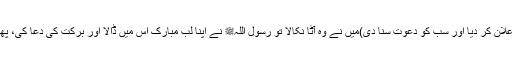
میں نے کہا کہ میں نے تو وہی کیا جو تو نے کہا تھا (لیکن رسول اللہﷺ نے اعلان کر دیا اور سب کو دعوت سنا دی)میں نے وہ آٹا نکالا تو رسول اللہﷺ نے اپنا لب مبارک اس میں ڈالا اور برکت کی دعا کی، پھر ہماری ہانڈی کی طرف چلے اور اس میں بھی تھوکا اور برکت کی دعا کی۔